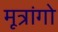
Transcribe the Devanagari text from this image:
मूत्रांगो